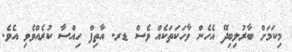
މިކަމަށް ބާރުލިބިދޭ އެހެން ވާހަކަތަކެއް ވެސް ޑރ. އާތިފް ހިއްސާ ކުރެއްވެވި އެވެ.